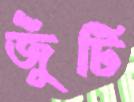
জুঁটি